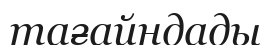
тағайндады